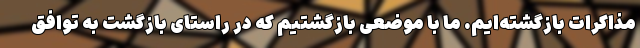
مذاکرات بازگشته‌ایم. ما با موضعی بازگشتیم که در راستای بازگشت به توافق